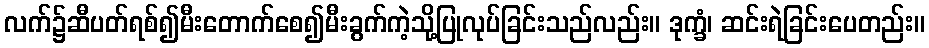
လက်၌ဆီပတ်ရစ်၍မီးတောက်စေ၍မီးခွက်ကဲ့သို့ပြုလုပ်ခြင်းသည်လည်း။ ဒုက္ခံ၊ ဆင်းရဲခြင်းပေတည်း။